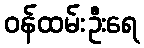
ဝန်ထမ်းဦးရေ